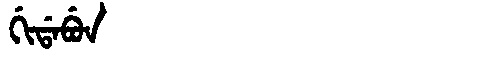
Manchu: ᡤᡳᡩᠠᠪᡠᠨ
Romanization: GIDABUN